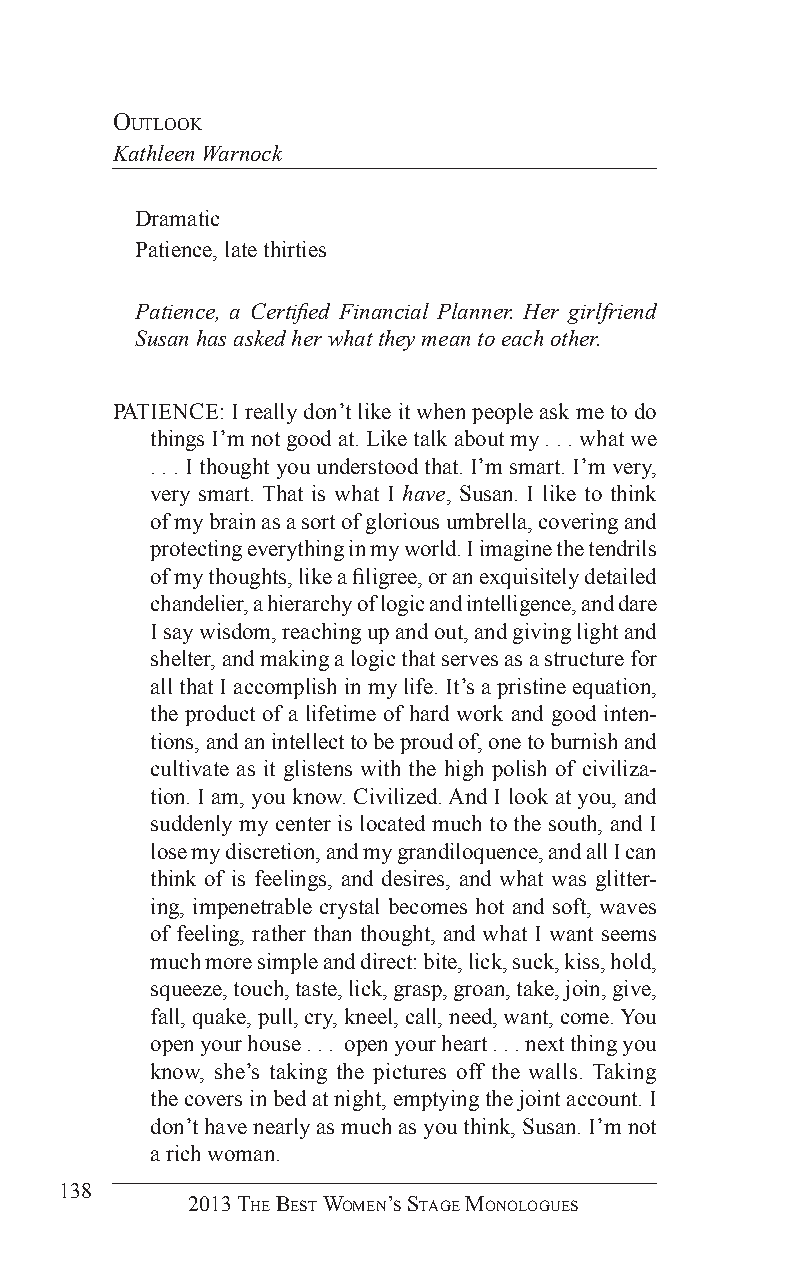
ouTlooK
 Kathleen Warnock
 Dramatic
 Patience, late thirties
 Patience, a Certified Financial Planner. Her girlfriend
 Susan has asked her what they mean to each other.
 PATIENCE: I really don’t like it when people ask me to do
 things I’m not good at. Like talk about my . . . what we
 . . . I thought you understood that. I’m smart. I’m very,
 very smart. That is what I have, Susan. I like to think
 of my brain as a sort of glorious umbrella, covering and
 protecting everything in my world. I imagine the tendrils
 of my thoughts, like a filigree, or an exquisitely detailed
 chandelier, a hierarchy of logic and intelligence, and dare
 I say wisdom, reaching up and out, and giving light and
 shelter, and making a logic that serves as a structure for
 all that I accomplish in my life. It’s a pristine equation,
 the product of a lifetime of hard work and good inten-
 tions, and an intellect to be proud of, one to burnish and
 cultivate as it glistens with the high polish of civiliza-
 tion. I am, you know. Civilized. And I look at you, and
 suddenly my center is located much to the south, and I
 lose my discretion, and my grandiloquence, and all I can
 think of is feelings, and desires, and what was glitter-
 ing, impenetrable crystal becomes hot and soft, waves
 of feeling, rather than thought, and what I want seems
 much more simple and direct: bite, lick, suck, kiss, hold,
 squeeze, touch, taste, lick, grasp, groan, take, join, give,
 fall, quake, pull, cry, kneel, call, need, want, come. You
 open your house . . . open your heart . . . next thing you
 know, she’s taking the pictures off the walls. Taking
 the covers in bed at night, emptying the joint account. I
 don’t have nearly as much as you think, Susan. I’m not
 a rich woman.
 138
 2013 The BesT Women’s sTage monologues